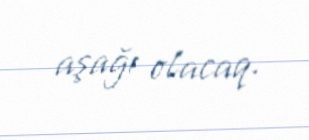
aşağı olacaq.